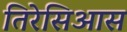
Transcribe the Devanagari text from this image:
तिरेसिआस